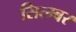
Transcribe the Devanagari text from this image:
सित्म्बर